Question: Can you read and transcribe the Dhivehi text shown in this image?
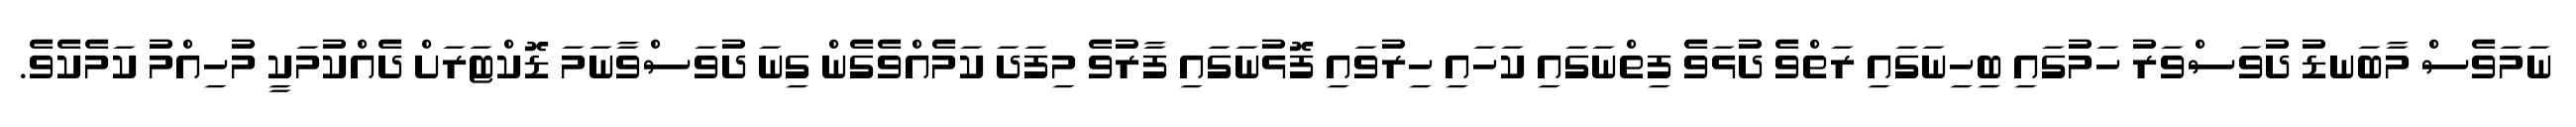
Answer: ނަމަވެސް މާބަނޑު ދުވަސްވަރު ހަމުގައި ބިހިނަގައި ރަތްވެ ދުޅަވެ ފިތްނަގައި ކަހައި ހިރުވައި ފޮޅުނަގައި ފާރުވެ މިފަދަ ކަމެއްވެގެން ގިނަ ދުވަސްވާނަމަ ޑޮކްޓަރަށް ދެއްކުމަކީ މުހިއްމު ކަމެކެވެ.